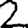
Digit: 2